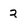
Character: 2